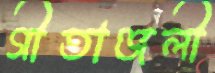
গীতাঞ্জলী